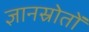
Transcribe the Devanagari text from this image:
ज्ञानस्रोतों